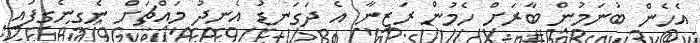
އެހެން ބުނަމުން ބާރަށް ހެމުން ރަޒީނާ އެ ދަގަނޑު އެނދު މައްޗަށް ނެގިނެގިފައި